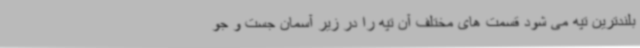
بلندترین تپه می شود قسمت های مختلف آن تپه را در زیر آسمان جست و جو